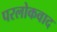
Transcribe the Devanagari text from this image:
परलोकवाद